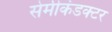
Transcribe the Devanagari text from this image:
सेमीकंडक्‍टर